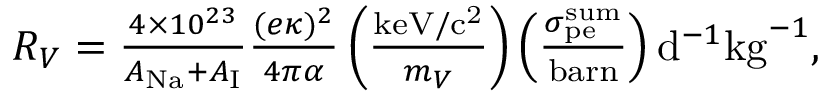
\begin{array} { r } { R _ { V } = \frac { 4 \times 1 0 ^ { 2 3 } } { A _ { \mathrm { N a } } + A _ { \mathrm { I } } } \frac { ( e \kappa ) ^ { 2 } } { 4 \pi \alpha } \left( \frac { \mathrm { k e V / c ^ { 2 } } } { m _ { V } } \right) \left( \frac { \sigma _ { \mathrm { p e } } ^ { \mathrm { s u m } } } { \mathrm { b a r n } } \right) \mathrm { d } ^ { - 1 } \mathrm { k g } ^ { - 1 } , } \end{array}